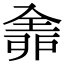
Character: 𠓴